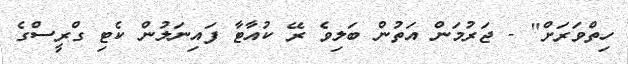
ހިތްވަރަށް" - ޖަރުމަން އަތުން ބަލިވެ ރޭ ކުއާޓާ ފައިނަލުން ކެޓި ގްރީސްގެ